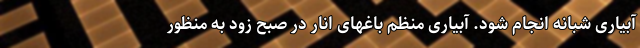
آبیاری شبانه انجام شود. آبیاری منظم باغهای انار در صبح زود به منظور